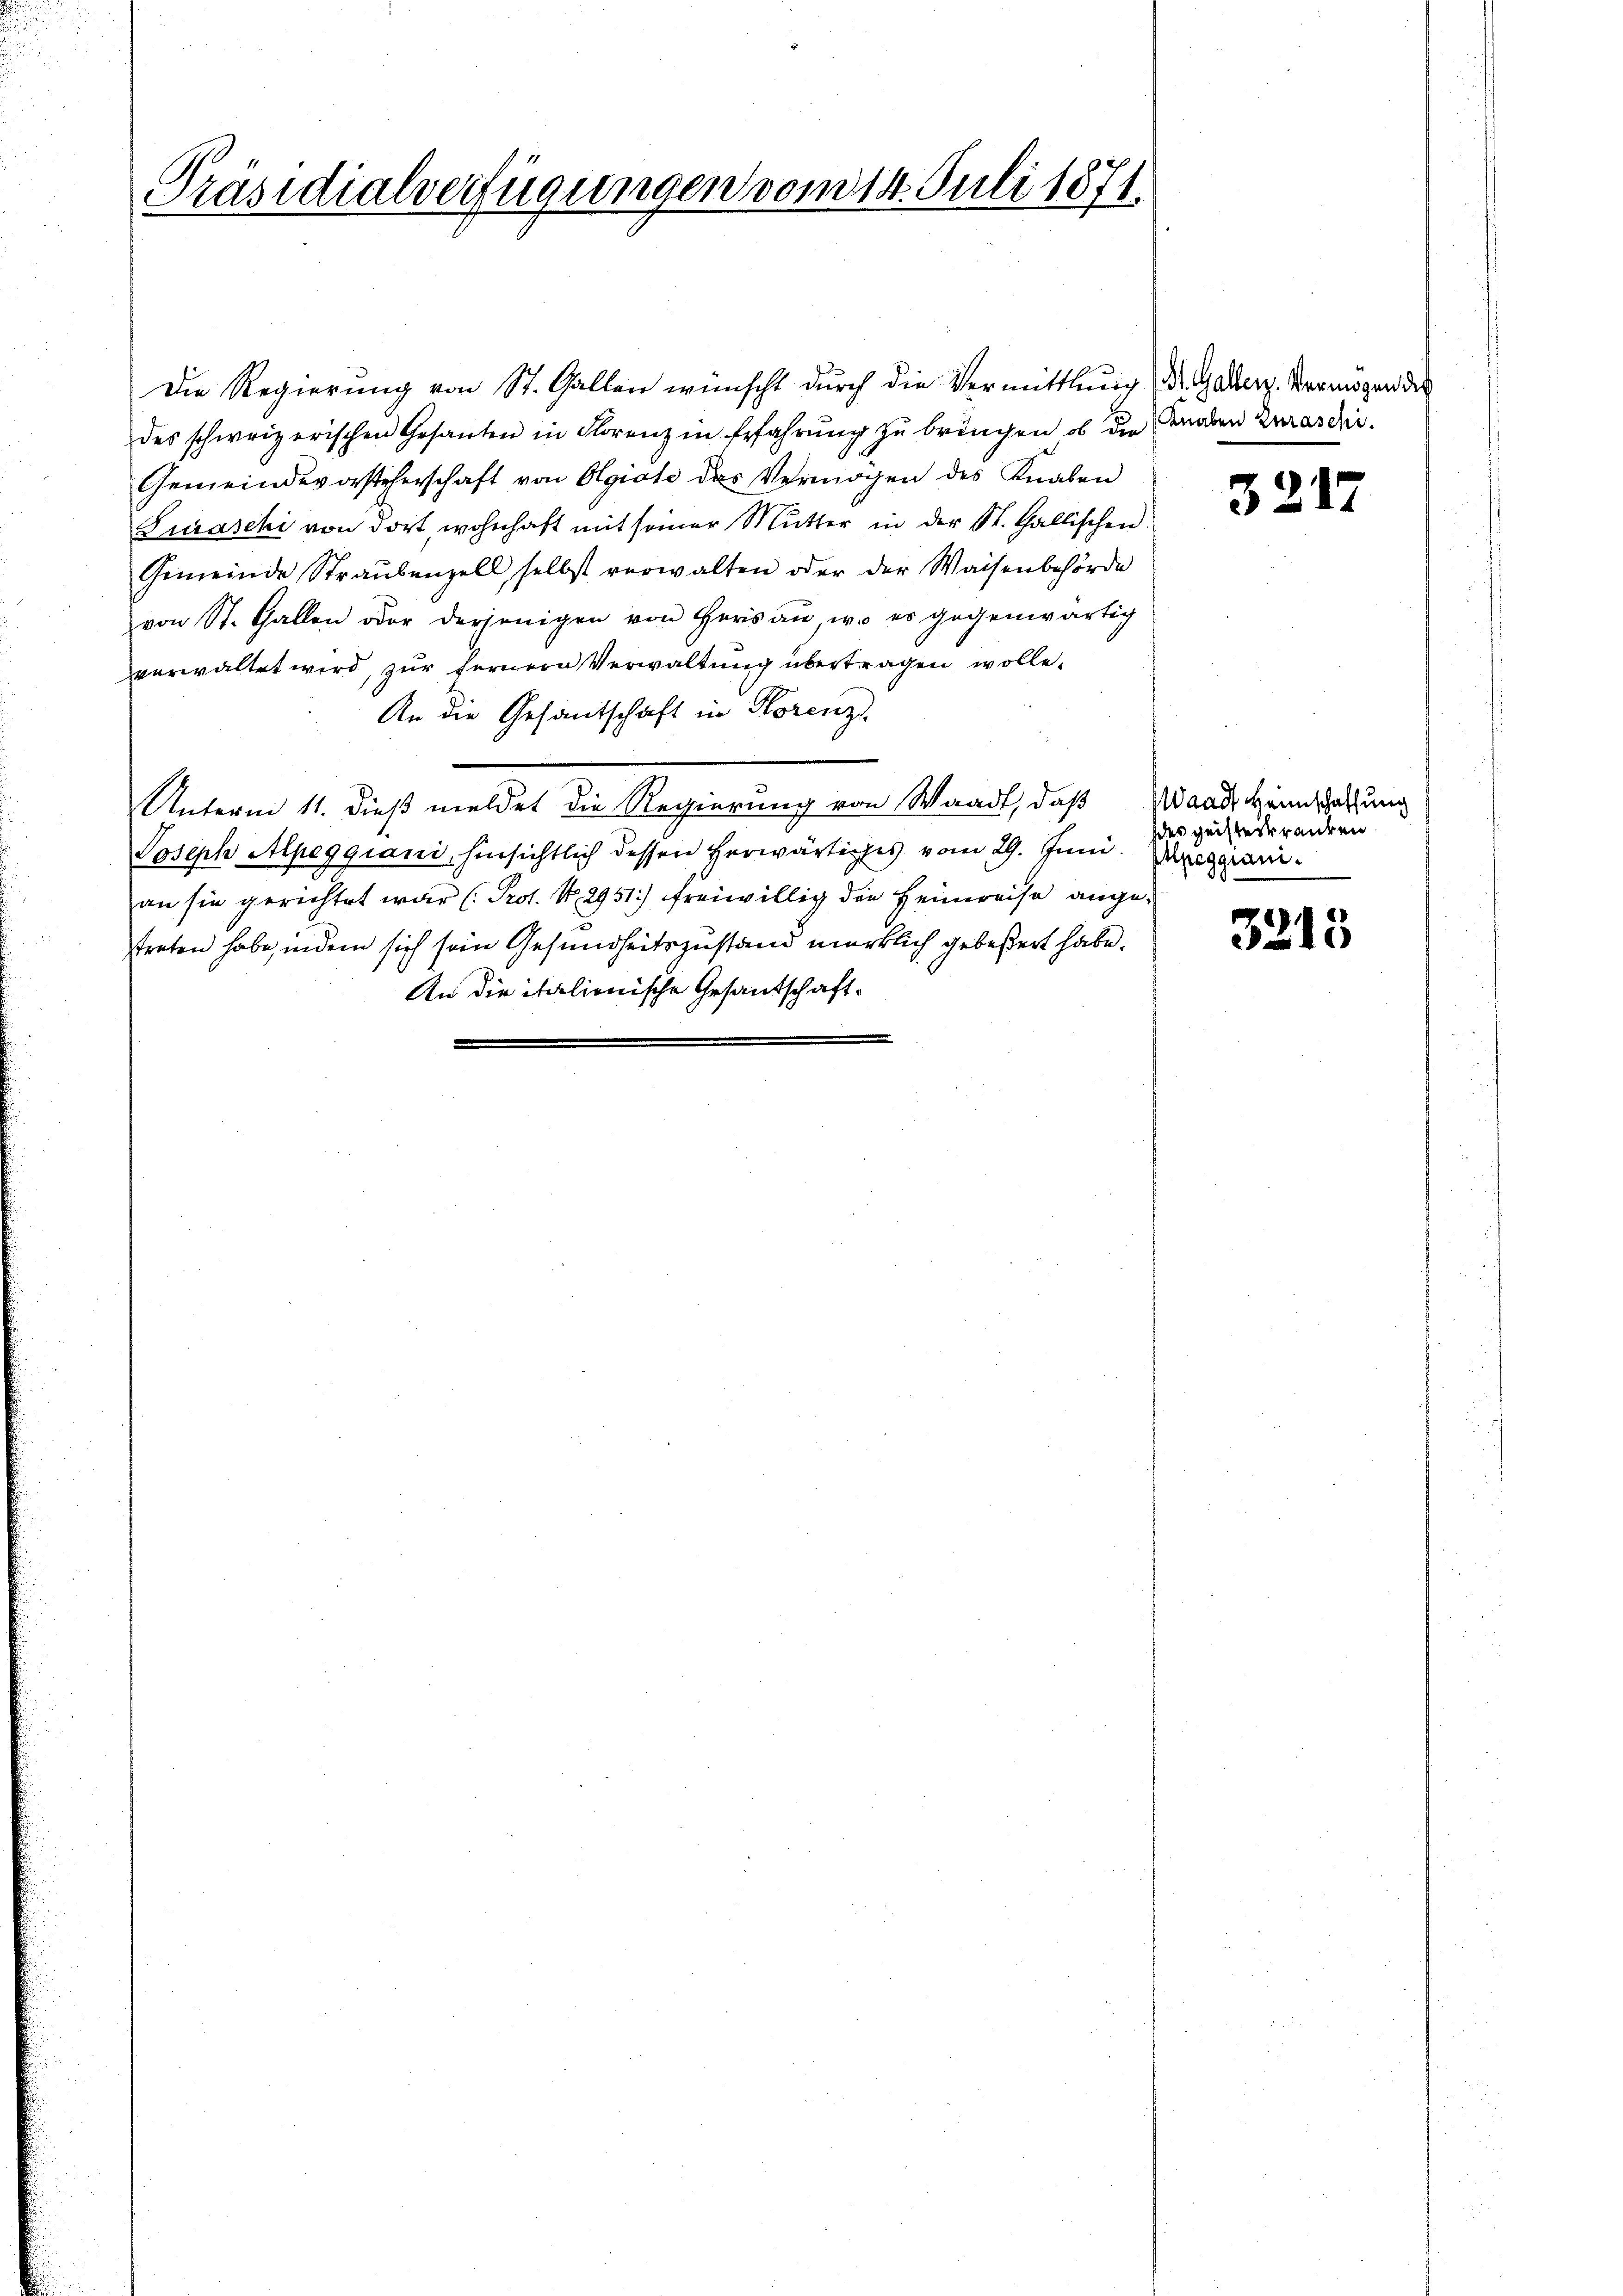
Präsidialverfügungen vom 14. Juli 1871

Die Regierung von St. Gallen wünscht durch die Vermittlung des Gadenz. Vermögen des
des schweizerischen Gesanten in Florenz in Erfahrŭng zŭ bringen, ob die Gnaden Zurasdii.
Gemeindevorsteherschaft von Olgiote des Vermögen des Knaben
Luraschi von dort, wohnhaft mit seiner Mutter in der St. Gallischen
Gemeinde Straŭbenzell, selbst verwalten oder der Waisenbehörde
von St. Gallen oder derjenigen von Hers an, wo es gegenwärtig
verwaltet wird, zur fernern Verwaltung übertragen wolle.
An die Gesandschaft in Horenz
Unterm 11. dieß meldet die Regierung von Waadt, daß Waadt keinschaffung
Joseph Mpeggiani, hinsichtlich dessen herwärtiges vom 29. Juni. Dieggianian sie gerichtet war (Prot. N. 2951) freiwillig die Heimweise angetreten habe, indem sich sein Gesundheitszustand würklich gebeßert habe.
An die italienische Gesandschaft¬

3217

des geisterkranken

3213